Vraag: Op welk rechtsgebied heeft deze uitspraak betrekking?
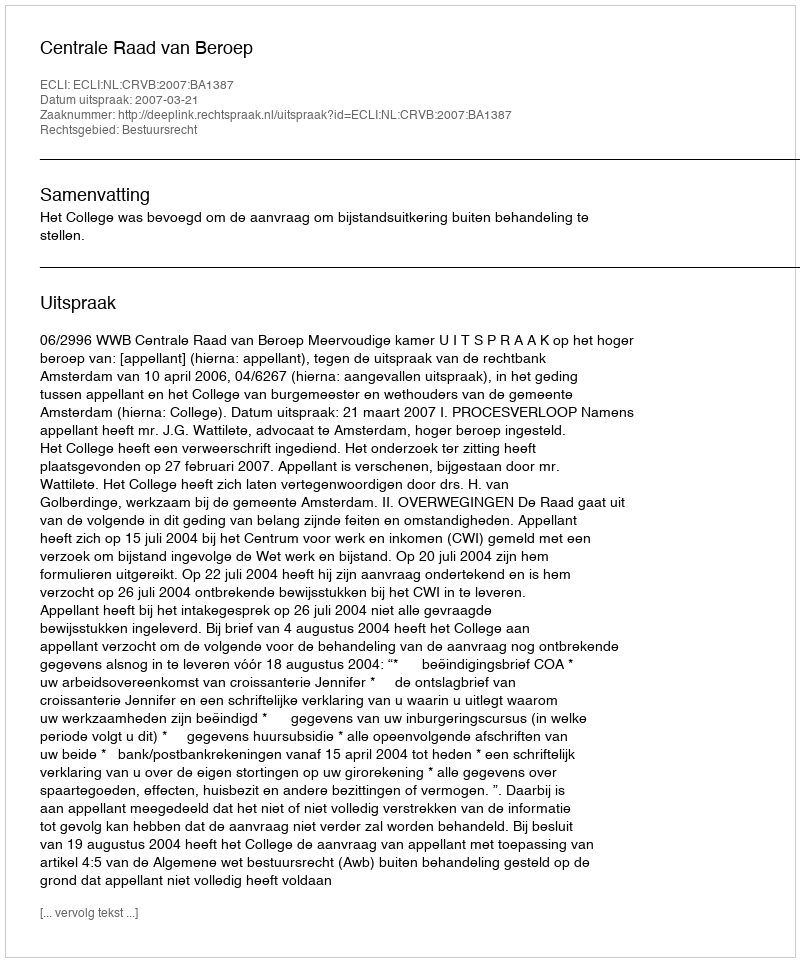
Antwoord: Bestuursrecht